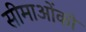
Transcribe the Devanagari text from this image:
सीमाओंको